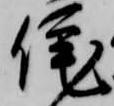
侘